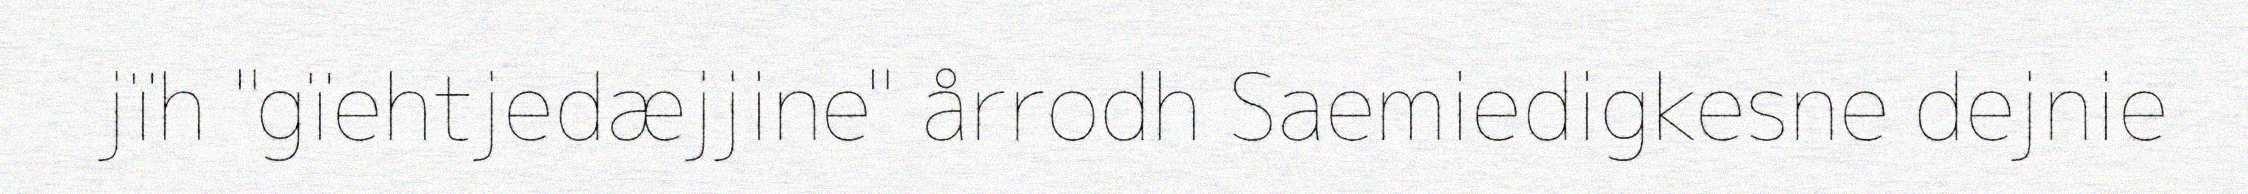
jïh "gïehtjedæjjine" årrodh Saemiedigkesne dejnie